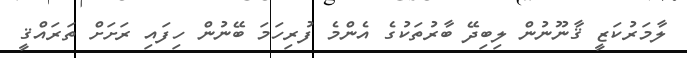
ލާމަރުކަޒީ ޤާނޫނުން ލިބިދޭ ބާރުތަކުގެ އެންމެ ފުރިހަމަ ބޭނުން ހިފައި ރަށަށް ތަރައްޤީ